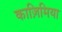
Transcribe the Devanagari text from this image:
काज़िमिया